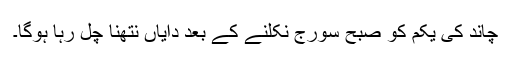
چاند کی یکم کو صبح سورج نکلنے کے بعد دایاں نتھنا چل رہا ہوگا۔